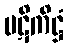
ပဋိကိဋ္ဌံ